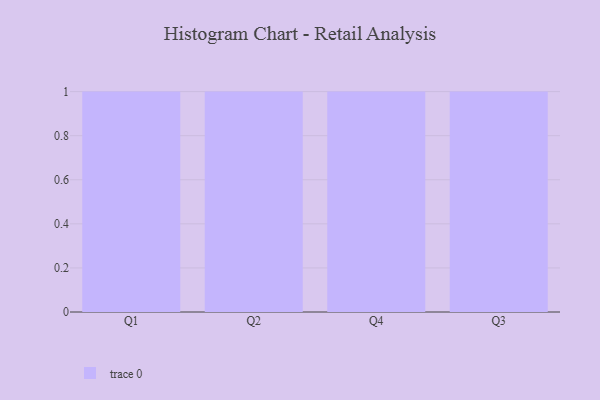
{"axis": {"x": "Quarter", "y": "Conversion Rate (%)"}, "legend": [""], "data": [{"x": "Q1", "y": 18, "type": ""}, {"x": "Q2", "y": 12, "type": ""}, {"x": "Q4", "y": 60, "type": ""}, {"x": "Q3", "y": 92, "type": ""}]}